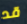
قد